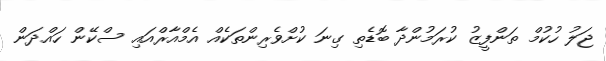
ޖަލު ހުކުމް ތަންފީޒު ކުރަމުންދާ ބޮޑެތި ގިނަ ކުށްވެރިންތަކެއް އެމްއާރްއައި ސްކޭން ހައްދަން